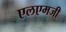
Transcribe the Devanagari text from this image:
एलएमजी